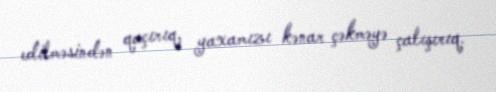
edilməsindən qaçırıq, yaxamızı kənar çəkməyə çalışırıq.